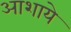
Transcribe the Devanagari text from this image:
आशाये